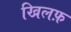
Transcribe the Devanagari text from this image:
खिलफ़